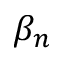
\beta _ { n }